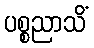
ပစ္စညာသိံ